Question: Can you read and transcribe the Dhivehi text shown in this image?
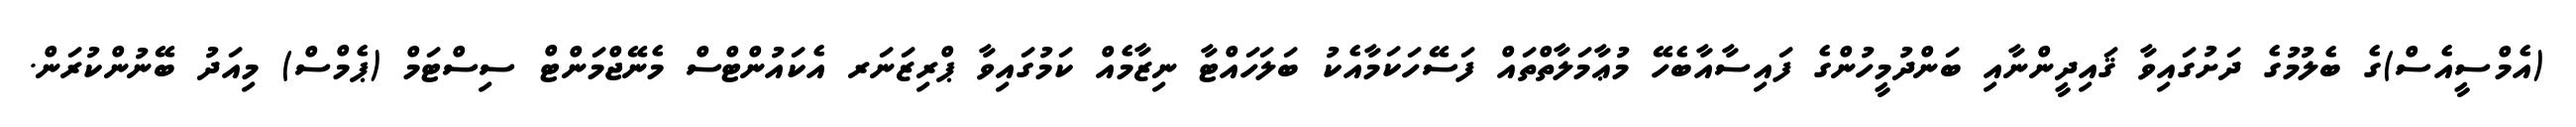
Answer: (އެމްސީއެސް)ގެ ބެލުމުގެ ދަށުގައިވާ ޤައިދީންނާއި ބަންދުމީހުންގެ ފައިސާއާބެހޭ މުޢާމަލާތްތައް ފަސޭހަކަމާއެކު ބަލަހައްޓާ ނިޒާމެއް ކަމުގައިވާ ޕްރިޒަނަރ އެކައުންޓްސް މެނޭޖްމަންޓް ސިސްޓަމް (ޕެމްސް) މިއަދު ބޭނުންކުރަން.